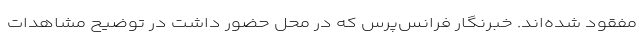
مفقود شده‌اند. خبرنگار فرانس‌پرس که در محل حضور داشت در توضیح مشاهدات